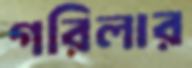
গরিলার